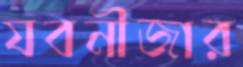
যবনীজার